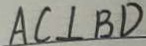
A C \bot B D